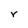
Character: r